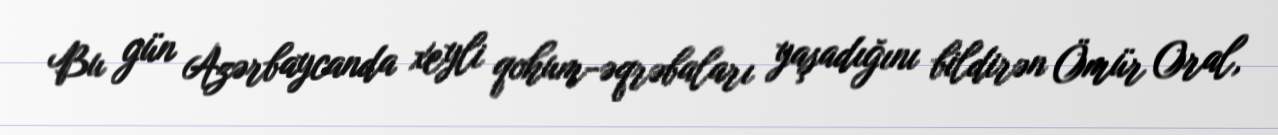
Bu gün Azərbaycanda xeyli qohum-əqrəbaları yaşadığını bildirən Ömür Oral,